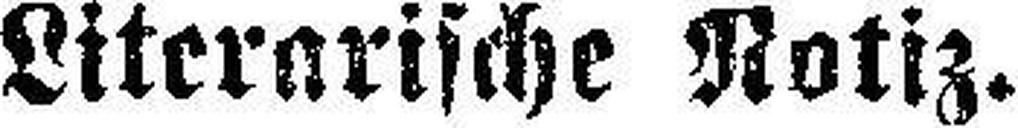
Literarische Notiz.